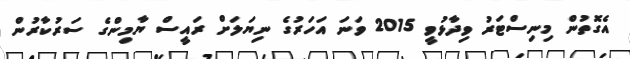
އެގޮތުން މިނިސްޓަރު ވިދާޅުވީ 2015 ވަނަ އަހަރުގެ ނިޔަލަށް ރައީސް ޔާމިންގެ ސަރުކާރުން